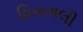
વિરાગલી